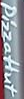
PizzaHut